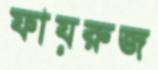
ফায়রুজ